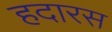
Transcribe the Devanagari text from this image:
हदारस